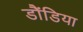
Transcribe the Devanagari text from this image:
डौंडिया